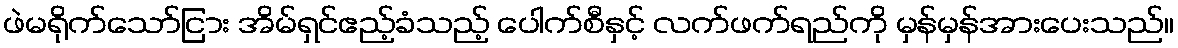
ဖဲမရိုက်သော်ငြား အိမ်ရှင်ဧည့်ခံသည့် ပေါက်စီနှင့် လက်ဖက်ရည်ကို မှန်မှန်အားပေးသည်။